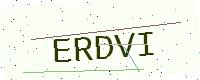
Text: ERDVI